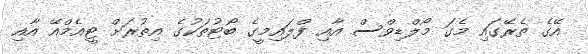
އޭގެ ތެރޭގައި މެގަ މޯލްޑިވްސް އާއި ފްލައިމީގެ ބޯޓުތަކުގެ އިތުރަށް ޓީއެމްއޭ އާއި